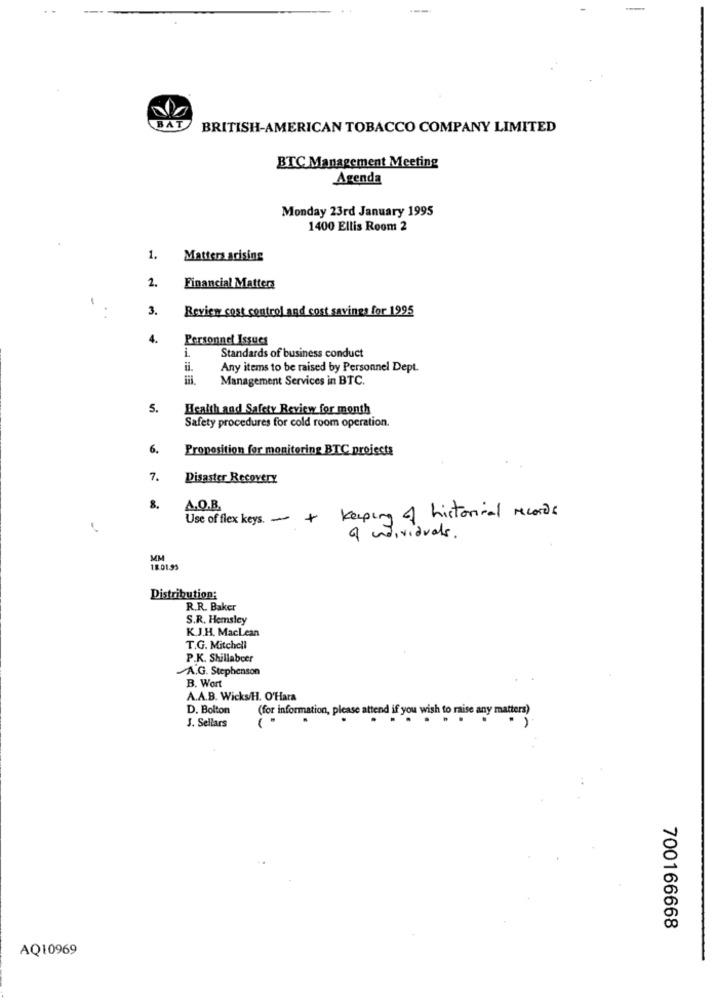
---
BAT
BRITISH-AMERICAN TOBACCO COMPANY LIMITED
BTC Management Meeting
Agenda
Monday 23rd January 1995
1400 Ellis Room 2
1.
Matters arising
2.
Financial Matters
-
.
3.
Review cost control and cost savings for 1995
4.
Personnel Issues
Standards of business conduct
il.
Any items to be raised by Personnel Dept.
Management Services in BTC.
5.
Health and Safety Review for month
Safety procedures for cold room operation.
6.
Proposition for monitoring BTC projects
7.
Disaster Recovery
8.
Use of flex keys. + keeping of historical records
A.O.R.
a individuals.
MM
18.01.95
Distribution:
R.R. Baker
S.R. Hemsley
K.J.H. MacLean
T.G. Mitchell
P.K. Shillabcer
A.G. Stephenson
B. Wort
A.A.B. Wicks/H. O'Hara
D. Bolton
J. Sellars
(for information, please attend if you wish to raise any matters)
700166668
AQ10969